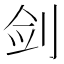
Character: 剑